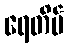
ရေတိမ်